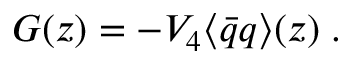
G ( z ) = - V _ { 4 } \langle \bar { q } q \rangle ( z ) \; .